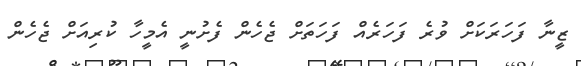
ޒީނާ ފަހަރަކަށް ވުރެ ފަހަރެއް ފަހަތަށް ޖެހެން ފެށުނީ އެމީހާ ކުރިއަށް ޖެހެން